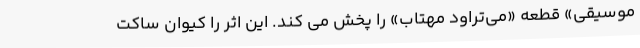
موسیقی» قطعه «می‌تراود مهتاب» را پخش می کند. این اثر را کیوان ساکت